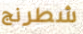
شطرنج